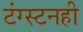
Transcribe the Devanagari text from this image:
टंग्स्टनही